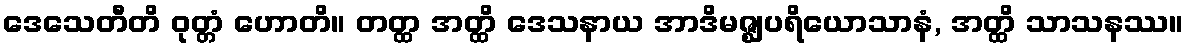
ဒေသေတီတိ ဝုတ္တံ ဟောတိ။ တတ္ထ အတ္ထိ ဒေသနာယ အာဒိမဇ္ဈပရိယောသာနံ, အတ္ထိ သာသနဿ။